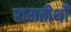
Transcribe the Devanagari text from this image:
रामतीर्थों